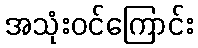
အသုံးဝင်ကြောင်း